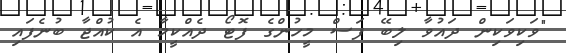
"ވަކިވަކިން ދައުވާ ލިބޭ ފަސް މީހުންގެ ފޮޓޯ ދެއްކީމާ އެ ކުއްޖާ ބުނެފައި